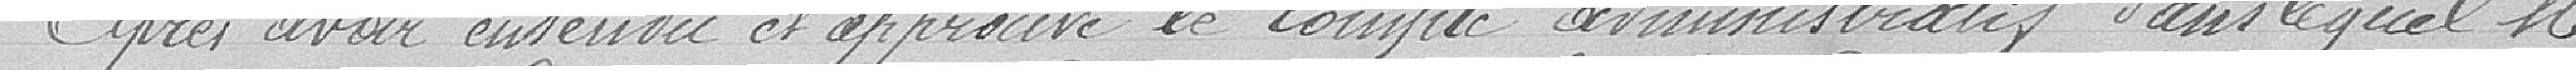
Après avoir entendu et approuvé le compte administratif dans lequel Monsieur